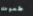
طموحك